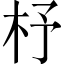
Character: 杼